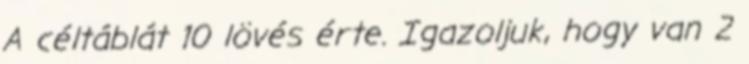
A céltáblát 10 lövés érte. Igazoljuk, hogy van 2